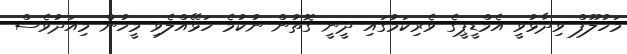
މަހުލޫފް ވިދާޅުވީ އެމްޑީޕީގެ ވެރިކަމުގައި ދީނީ ގޮތުން ނުކުމެ ހަޅޭއްލެވި މީހުން މިއަދުވެސް